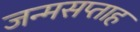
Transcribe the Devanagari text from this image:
जन्मसप्ताह